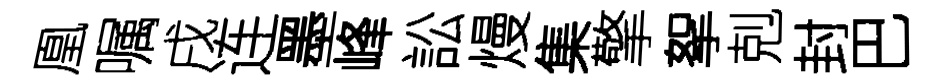
凰嘱戌连墨峰訟熳集擎挐剋封巴